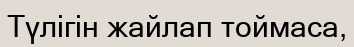
Түлігін жайлап тоймаса,